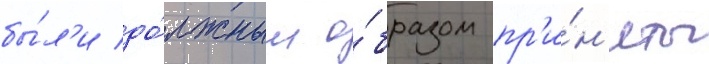
бы́л'и до́лжным о́бразом пр'и́н'яты